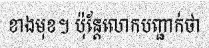
ខាងមុខ។ ប៉ុន្តែលោកបញ្ជាក់ថា